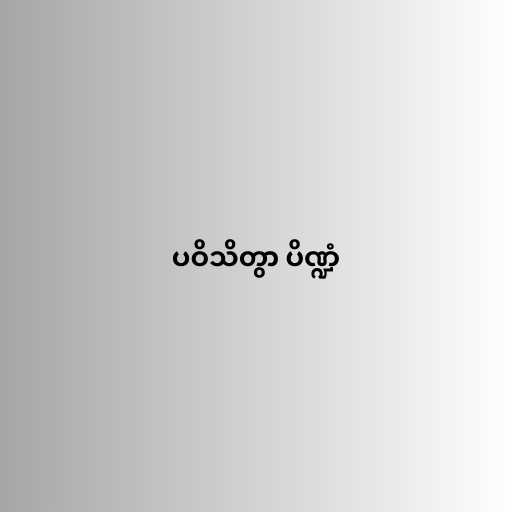
ပဝိသိတွာ ပိဏ္ဍံ